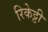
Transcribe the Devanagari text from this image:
रिकेट्टी